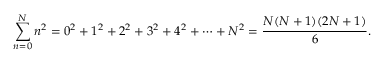
\sum _ { n = 0 } ^ { N } n ^ { 2 } = 0 ^ { 2 } + 1 ^ { 2 } + 2 ^ { 2 } + 3 ^ { 2 } + 4 ^ { 2 } + \cdots + N ^ { 2 } = { \frac { N ( N + 1 ) ( 2 N + 1 ) } { 6 } } .